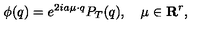
\phi ( q ) = e ^ { 2 i a \mu \cdot q } P _ { T } ( q ) , \quad \mu \in { \bf R } ^ { r } ,